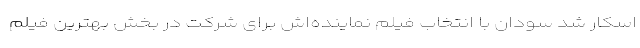
اسکار شد سودان با انتخاب فیلم نماینده‌اش برای شرکت در بخش بهترین فیلم